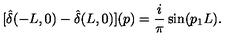
[ \hat { \delta } ( - L , 0 ) - \hat { \delta } ( L , 0 ) ] ( p ) = \frac { i } { \pi } \sin ( p _ { 1 } L ) .